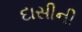
દાસીની